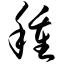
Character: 种